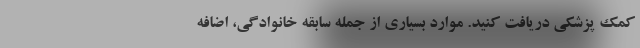
کمک پزشکی دریافت کنید. موارد بسیاری از جمله سابقه خانوادگی، اضافه